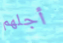
أجلهم